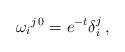
LaTeX: \begin{align*}\omega_i{}^{j \, 0} = e^{-t} \delta_i^j \, ,\end{align*}